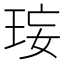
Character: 𤥑